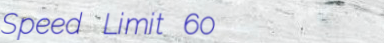
Speed Limit 60